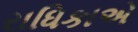
રાધિકાએ